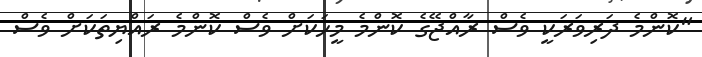
"ކޮންމެ ދަރިވަރަކީ ވެސް ރާއްޖޭގެ ކޮންމެ މީހަކަށް ވެސް ކޮންމެ ރައްޔިތަކަށް ވެސް